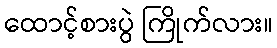
ထောင့်စားပွဲ ကြိုက်လား။